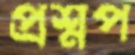
প্রশ্নপ